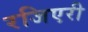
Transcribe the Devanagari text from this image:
रजिएरी